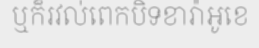
ឬក៏រវល់ពេកបិទខារ៉ាអូខេ